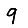
Digit: 9